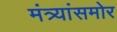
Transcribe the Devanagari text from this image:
मंत्र्यांसमोर